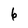
Character: 6